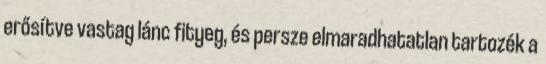
erősítve vastag lánc fityeg, és persze elmaradhatatlan tartozék a